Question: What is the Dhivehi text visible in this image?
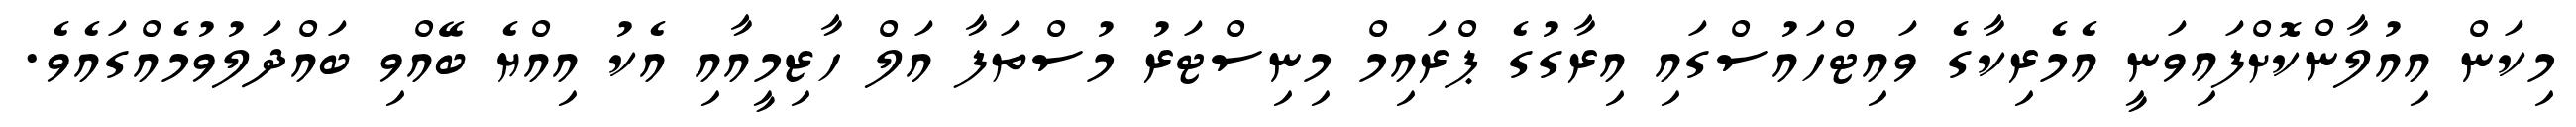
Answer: މިކަން އިއުލާންކޮށްފައިވަނީ އެމެރިކާގެ ވައިޓްހައުސްގައި އިރާގުގެ ޕްރައިމް މިނިސްޓަރު މުސްތަފާ އަލް ހާޒިމީއާއި އެކު އިއްޔެ ބޭއްވި ބައްދަލުވުމެއްގައެވެ.